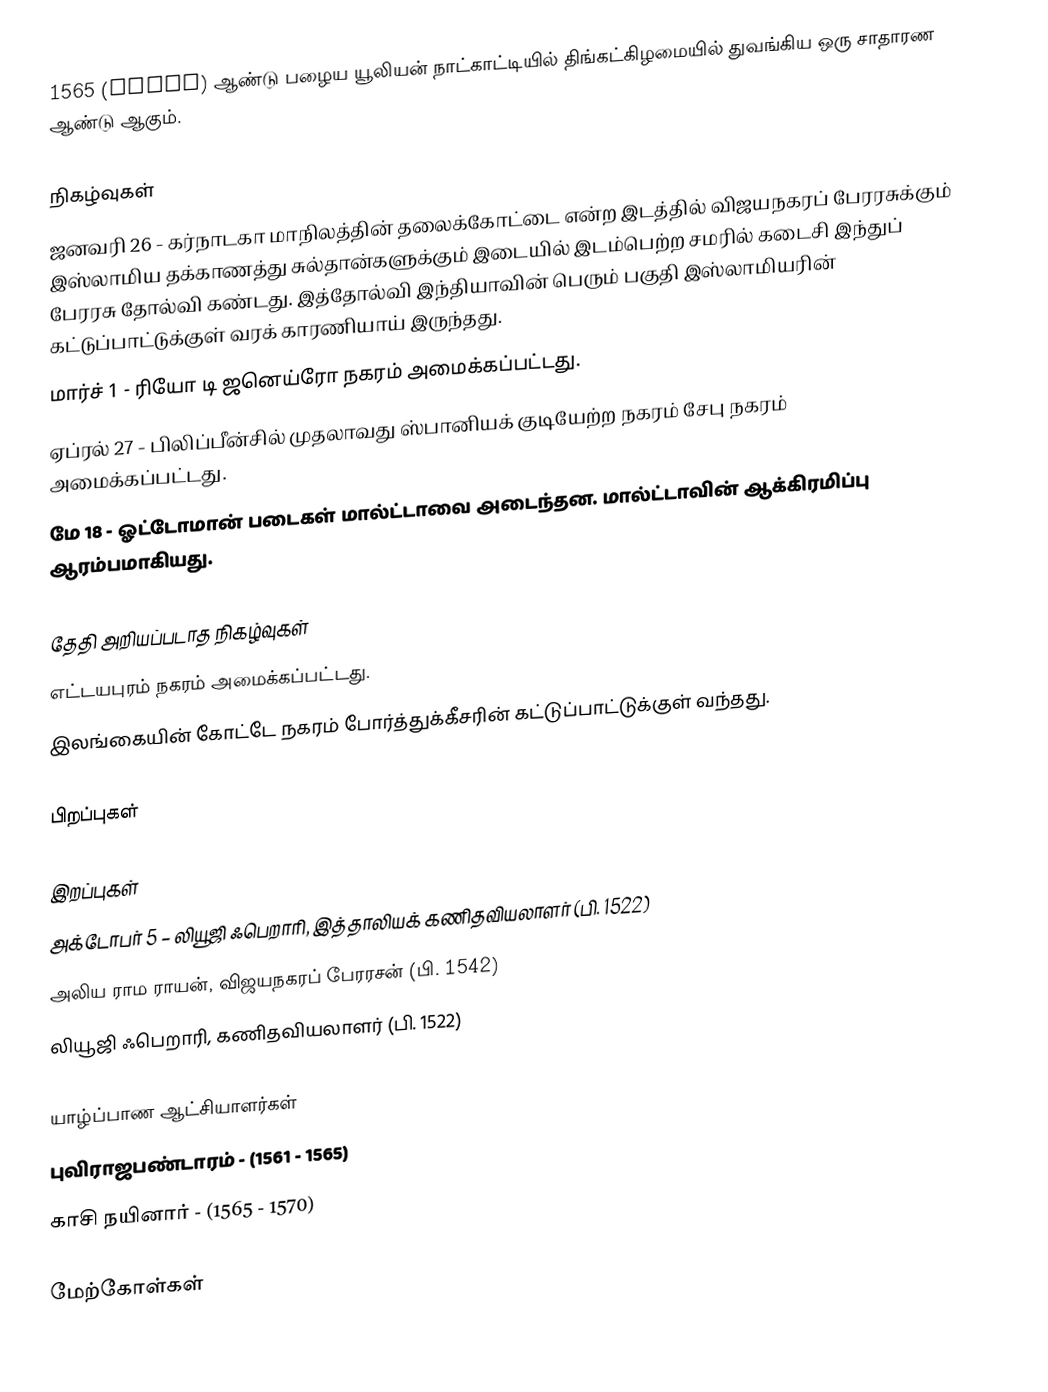
1565 (MDLXV) ஆண்டு பழைய யூலியன் நாட்காட்டியில் திங்கட்கிழமையில் துவங்கிய ஒரு சாதாரண ஆண்டு ஆகும்.

நிகழ்வுகள்
 ஜனவரி 26 - கர்நாடகா மாநிலத்தின் தலைக்கோட்டை என்ற இடத்தில் விஜயநகரப் பேரரசுக்கும் இஸ்லாமிய தக்காணத்து சுல்தான்களுக்கும் இடையில் இடம்பெற்ற சமரில் கடைசி இந்துப் பேரரசு தோல்வி கண்டது. இத்தோல்வி இந்தியாவின் பெரும் பகுதி இஸ்லாமியரின் கட்டுப்பாட்டுக்குள் வரக் காரணியாய் இருந்தது.
 மார்ச் 1 - ரியோ டி ஜனெய்ரோ நகரம் அமைக்கப்பட்டது.
 ஏப்ரல் 27 - பிலிப்பீன்சில் முதலாவது ஸ்பானியக் குடியேற்ற நகரம் சேபு நகரம் அமைக்கப்பட்டது.
 மே 18 - ஓட்டோமான் படைகள் மால்ட்டாவை அடைந்தன. மால்ட்டாவின் ஆக்கிரமிப்பு ஆரம்பமாகியது.

தேதி அறியப்படாத நிகழ்வுகள்
 எட்டயபுரம் நகரம் அமைக்கப்பட்டது.
 இலங்கையின் கோட்டே நகரம் போர்த்துக்கீசரின் கட்டுப்பாட்டுக்குள் வந்தது.

பிறப்புகள்

இறப்புகள்
 அக்டோபர் 5 – லியூஜி ஃபெறாரி, இத்தாலியக் கணிதவியலாளர் (பி. 1522)
 அலிய ராம ராயன், விஜயநகரப் பேரரசன் (பி. 1542)
 லியூஜி ஃபெறாரி, கணிதவியலாளர் (பி. 1522)

யாழ்ப்பாண ஆட்சியாளர்கள்
 புவிராஜபண்டாரம் - (1561 - 1565)
 காசி நயினார் - (1565 - 1570)

மேற்கோள்கள்